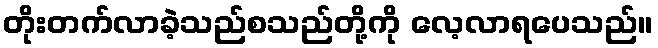
တိုးတက်လာခဲ့သည်စသည်တို့ကို လေ့လာရပေသည်။